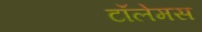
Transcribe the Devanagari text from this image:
टॉलेमस